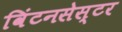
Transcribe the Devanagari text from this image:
विंटनसेस्टर